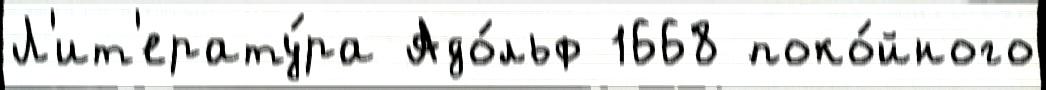
Л'ит'ерату́ра Адо́льф 1668 поко́йного